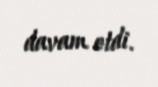
davam etdi.